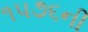
૧૫૭૬ની